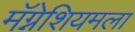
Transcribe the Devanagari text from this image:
मॅग्नेशियमला